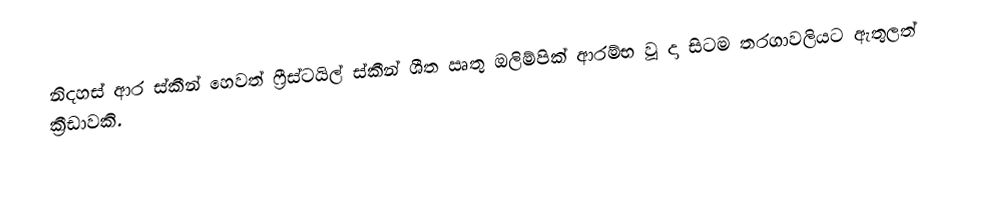
නිදහස් ආර ස්කීන් හෙවත් ෆ්‍රීස්ටයිල් ස්කීන් ශීත ඍතු ඔලිම්පික් ආරම්භ වූ දා සිටම තරගාවලියට ඇතුලත් ක්‍රීඩාවකි.